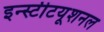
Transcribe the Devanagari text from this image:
इन्स्टीटयूशनल